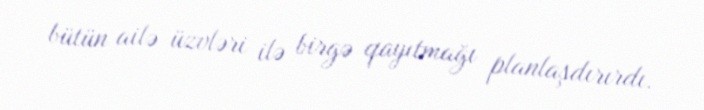
bütün ailə üzvləri ilə birgə qayıtmağı planlaşdırırdı.